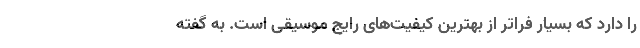
را دارد که بسیار فراتر از بهترین کیفیت‌های رایج موسیقی است. به گفته